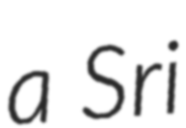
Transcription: a Sri